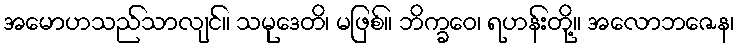
အမောဟသည်သာလျင်။ သမုဒေတိ၊ မဖြစ်။ ဘိက္ခဝေ၊ ရဟန်းတို့။ အလောဘဇေန၊